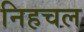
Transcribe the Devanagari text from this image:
निहचल